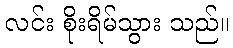
လင်း စိုးရိမ်သွား သည်။